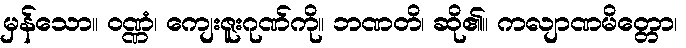
မှန်သော။ ဝဏ္ဏံ၊ ကျေးဇူးဂုဏ်ကို။ ဘဏတိ၊ ဆို၏။ ကလျာဏမိတ္တော၊